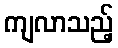
ကျလာသည့်